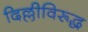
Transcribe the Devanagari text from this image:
दिल्लीविरूद्ध